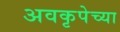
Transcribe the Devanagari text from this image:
अवकृपेच्या